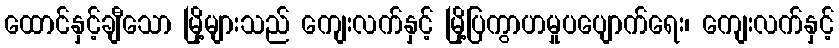
ထောင်နှင့်ချီသော မြို့များသည် ကျေးလက်နှင့် မြို့ပြကွာဟမှုပပျောက်ရေး၊ ကျေးလက်နှင့်